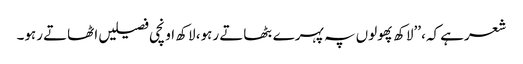
شعرہے کہ، ’’لاکھ پھولوں پہ پہرے بٹھاتے رہو، لاکھ اونچی فصیلیں اٹھاتے رہو۔